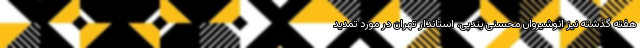
هفته گذشته نیز انوشیروان محسنی بندپی، استاندار تهران در مورد تمدید